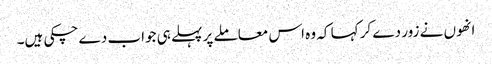
انھوں نے زور دے کر کہا کہ وہ اس معاملے پر پہلے ہی جواب دے چکی ہیں۔